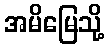
အမိမြေသို့